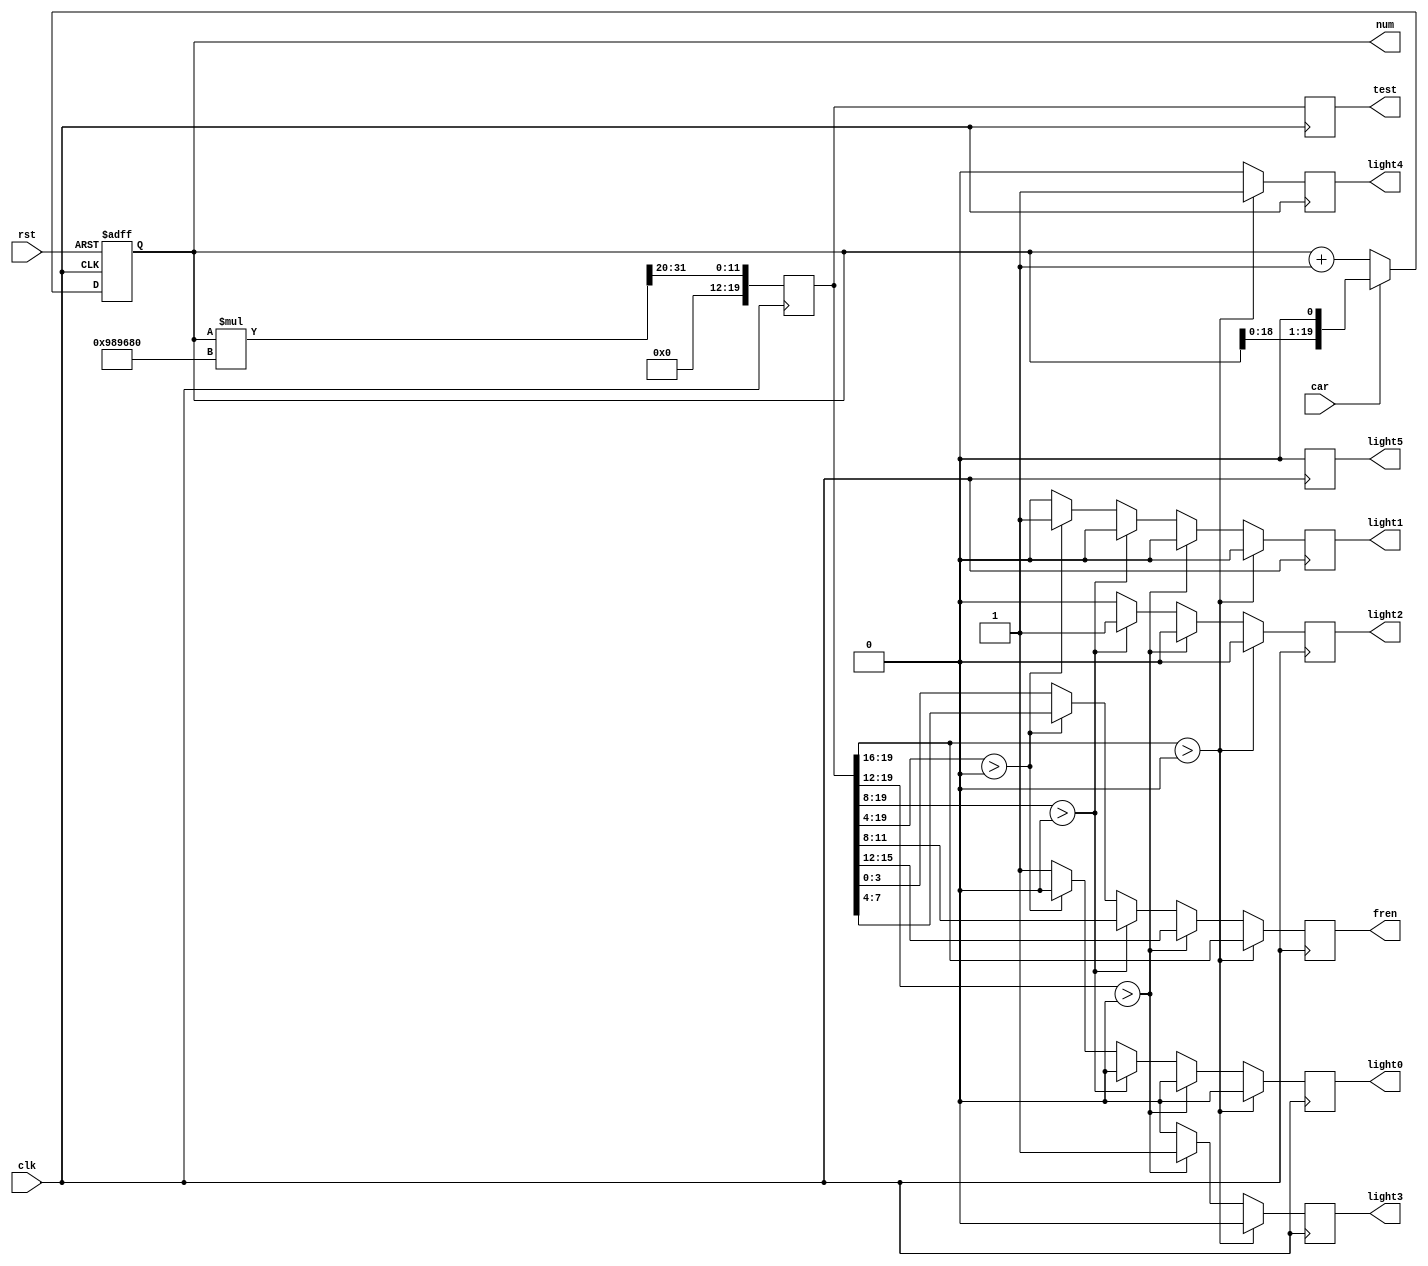
/******************************************************************************************
Author:  
E-mail 1390000666@qq.com
Device:  DSE-EP2C5
Tool:    Quartus 9.0
Function:(M)
Version: 2022-3-17 v1.0
********************************************************************************************/
module count(clk,rst,num,car,fren,light0,light1,light2,light3,light4,light5,test);
input clk,rst,car;
output reg [19:0] num;
reg [19:0] temp;
output reg [3:0] fren;
output reg light0,light1,light2,light3,light4,light5;
output reg [19:0] test;

always @(posedge clk or negedge rst) begin
	//
    if(!rst)
        num <= 0;
    else begin
		if(!car)
			num <= num + 1; //M+1
		else
			num <= {num[18:0],1'b0}; //M*2
	end
	
	
end

always @(posedge clk) begin
	//
	temp <= ((num * 10000000) >> 20);
	if((temp>>16) > 0) begin
		fren[3:0] = temp[19:16];
		light4 = 1;
		light0 = 0;
		light1 = 0;
		light2 = 0;
		light3 = 0;
		light5 = 0;
	end
	else if((temp>>12) > 0) begin
		fren[3:0] = temp[15:12];
		light3 = 1;
		light0 = 0;
		light1 = 0;
		light2 = 0;
		light4 = 0;
		light5 = 0;
	end
	else if((temp>>8) > 0) begin
		fren[3:0] = temp[11:8];
		light2 = 1;
		light0 = 0;
		light1 = 0;
		light3 = 0;
		light4 = 0;
		light5 = 0;
	end
	else if((temp>>4) > 0) begin
		fren[3:0] = temp[7:4];
		light1 = 1;
		light0 = 0;
		light2 = 0;
		light3 = 0;
		light4 = 0;
		light5 = 0;
	end
	else begin
		fren[3:0] = temp[3:0];
		light0 = 1;
		light1 = 0;
		light2 = 0;
		light3 = 0;
		light4 = 0;
		light5 = 0;
	end
	test[19:0] <= temp[19:0];
end

endmodule